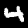
Digit: 4